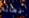
دمائه